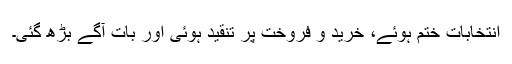
انتخابات ختم ہوئے، خرید و فروخت پر تنقید ہوئی اور بات آگے بڑھ گئی۔